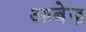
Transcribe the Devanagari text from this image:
आबेज़